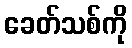
ခေတ်သစ်ကို